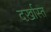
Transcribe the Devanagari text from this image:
दर्ख़ास्त